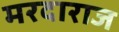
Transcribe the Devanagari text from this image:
मरदाराज